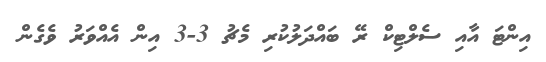
އިންޓަ އާއި ސެލްޓިކް ރޭ ބައްދަލުކުރި މެޗު 3-3 އިން އެއްވަރު ވެގެން